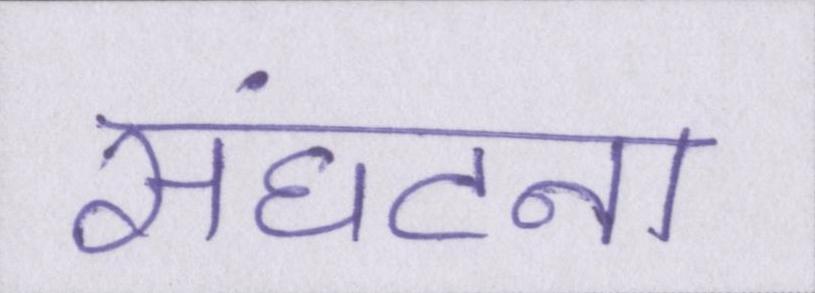
संघटना